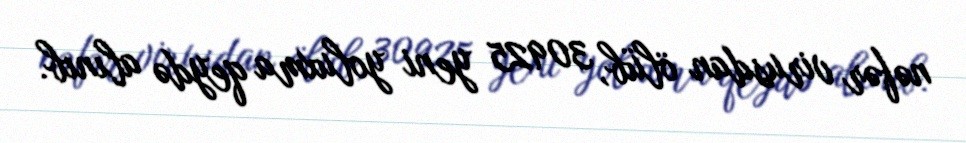
nəfər virusdan ölüb, 30925 yeni yoluxma qeydə alınıb.